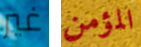
غير المؤمن